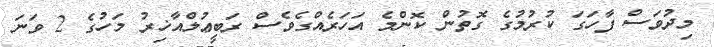
މިދުވަސް ފާހަގަ ކުރުމުގެ ގޮތުން ކޮންމެ އަހަރެއްގެވެސް ރަބީޢުލްއާޚިރު މަހުގެ 2 ވަނަ